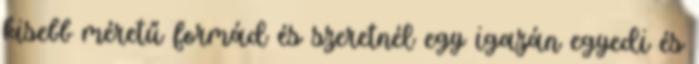
kisebb méretű formád és szeretnél egy igazán egyedi és